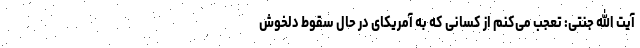
آیت الله جنتی: تعجب می‌کنم از کسانی که به آمریکای در حال سقوط دلخوش